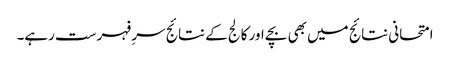
امتحانی نتائج میں بھی بچے اور کالج کے نتائج سرِ فہرست رہے۔